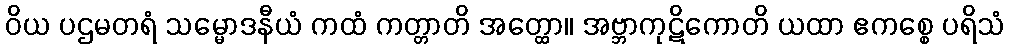
ဝိယ ပဌမတရံ သမ္မောဒနီယံ ကထံ ကတ္တာတိ အတ္ထော။ အဗ္ဘာကုဋိကောတိ ယထာ ဧကစ္စေ ပရိသံ